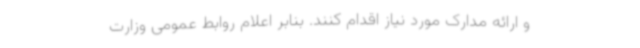
و ارائه مدارک مورد نیاز اقدام کنند. بنابر اعلام روابط عمومی وزارت